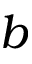
b